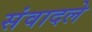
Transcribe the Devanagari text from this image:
संवादले